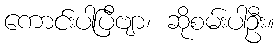
ကောင်းပါပြီဗျာ၊ ဆိုစမ်းပါဦး။